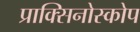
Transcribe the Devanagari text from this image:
प्राक्सिनोस्कोप